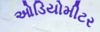
ઓડિયોમીટર